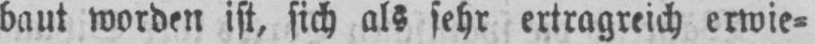
baut worden ist, sich als sehr ertragreich erwie⸗